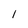
Character: 1